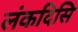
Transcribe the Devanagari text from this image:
लंकदिसि